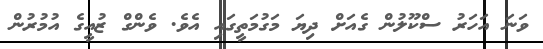
ވަނަ އަހަރު ސްކޫލުން ގެއަށް ދިޔަ މަގުމަތީގައި އެވެ. ވެންގް ޒުއީގެ އުމުރުން